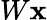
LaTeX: W\mathbf{x}